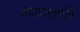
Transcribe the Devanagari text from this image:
करप्रणालीत